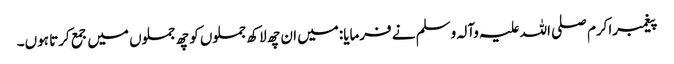
پیغمبراکرم صلی اللہ علیہ وآلہ وسلم نے فرمایا:میں ان چھ لاکھ جملوں کو چھ جملوں میں جمع کرتا ہوں۔